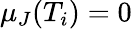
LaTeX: \mu_{J}(T_{i})=0